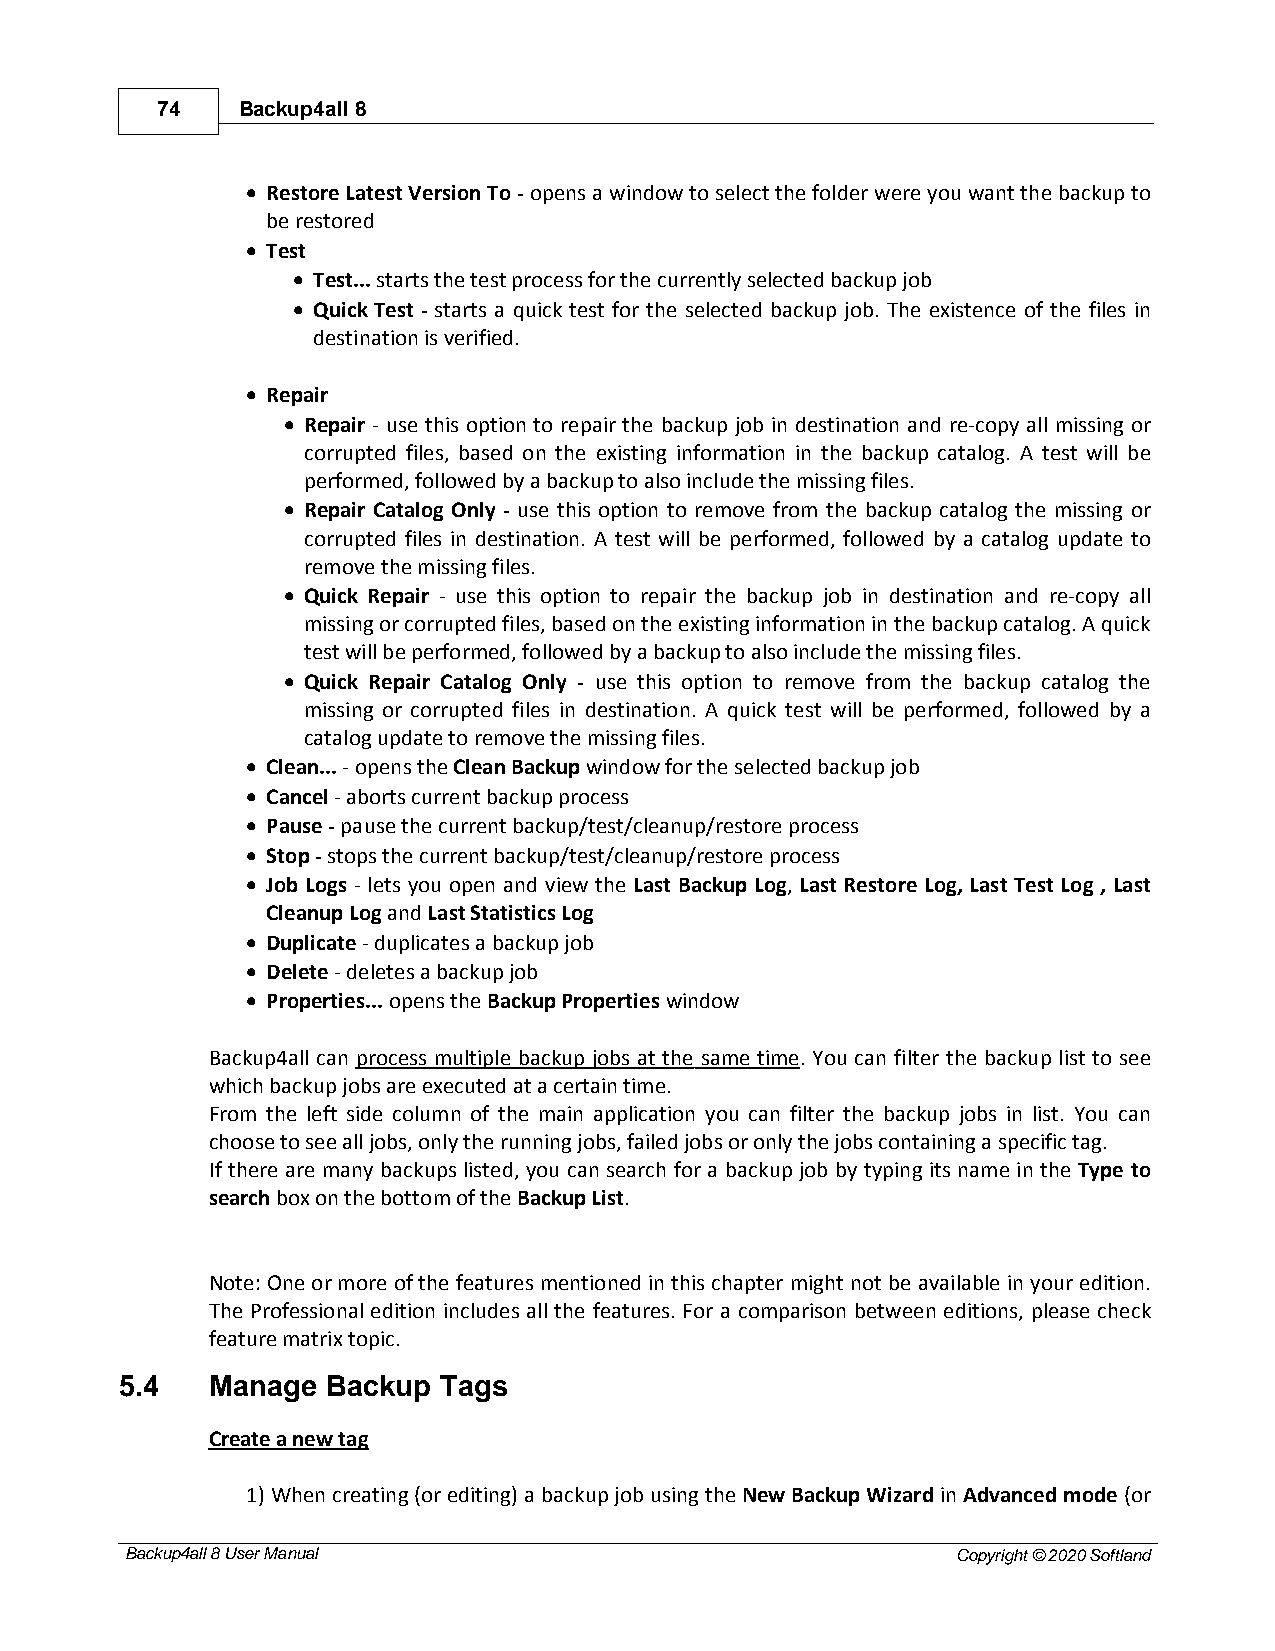
74    Backup4all 8
 · Restore Latest Version To - opens a window to select the folder were you want the backup to
 be restored
 · Test
 · Test... starts the test process for the currently selected backup job
 · Quick Test - starts a quick test for the selected backup job. The existence of the files in
 destination is verified.
 · Repair
 · Repair - use this option to repair the backup job in destination and re-copy all missing or
 corrupted files, based on the existing information in the backup catalog. A test will be
 performed, followed by a backup to also include the missing files.
 · Repair Catalog Only - use this option to remove from the backup catalog the missing or
 corrupted files in destination. A test will be performed, followed by a catalog update to
 remove the missing files.
 · Quick Repair - use this option to repair the backup job in destination and re-copy all
 missing or corrupted files, based on the existing information in the backup catalog. A quick
 test will be performed, followed by a backup to also include the missing files.
 · Quick Repair Catalog Only - use this option to remove from the backup catalog the
 missing or corrupted files in destination. A quick test will be performed, followed by a
 catalog update to remove the missing files.
 · Clean... - opens the Clean Backup window for the selected backup job
 · Cancel - aborts current backup process
 · Pause - pause the current backup/test/cleanup/restore process
 · Stop - stops the current backup/test/cleanup/restore process
 · Job Logs - lets you open and view the Last Backup Log, Last Restore Log, Last Test Log , Last
 Cleanup Log and Last Statistics Log
 · Duplicate - duplicates a backup job
 · Delete - deletes a backup job
 · Properties... opens the Backup Properties window
 Backup4all can process multiple backup jobs at the same time. You can filter the backup list to see
 which backup jobs are executed at a certain time.
 From the left side column of the main application you can filter the backup jobs in list. You can
 choose to see all jobs, only the running jobs, failed jobs or only the jobs containing a specific tag.
 If there are many backups listed, you can search for a backup job by typing its name in the Type to
 search box on the bottom of the Backup List.
 Note: One or more of the features mentioned in this chapter might not be available in your edition.
 The Professional edition includes all the features. For a comparison between editions, please check
 feature matrix topic.
 5.4   Manage  Backup Tags
 Create a new tag
 1) When creating (or editing) a backup job using the New Backup Wizard in Advanced mode (or
 Backup4all 8 User Manual                               Copyright © 2020 Softland